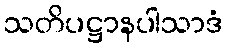
သတိပဋ္ဌာနပါသာဒံ